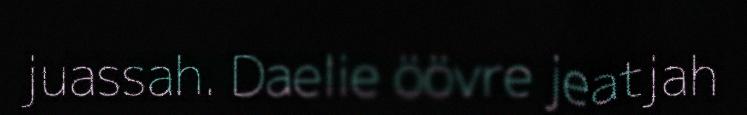
juassah. Daelie öövre jeatjah